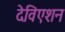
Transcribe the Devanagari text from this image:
देविएशन